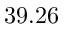
3 9 . 2 6